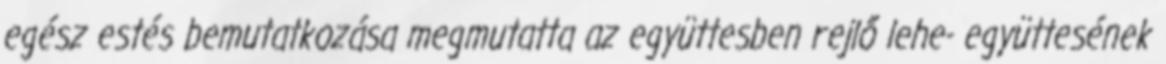
egész estés bemutatkozása megmutatta az együttesben rejlő lehe- együttesének